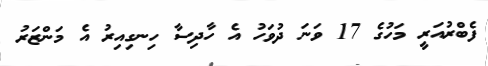
ފެބްރުއަރީ މަހުގެ 17 ވަނަ ދުވަހު އެ ހާދިސާ ހިނގިއިރު އެ މަންޒަރު